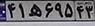
۴۱ه۶۹۵۴۳